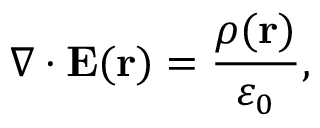
\nabla \cdot \mathbf { E } ( \mathbf { r } ) = { \frac { \rho ( \mathbf { r } ) } { \varepsilon _ { 0 } } } ,